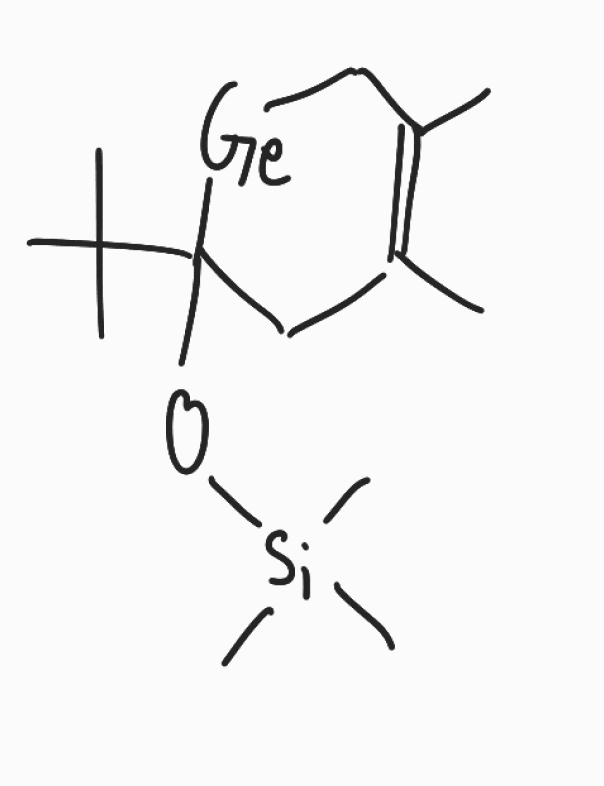
Simplified molecular-input line-entry system (SMILES) notation of the given molecule:
CC1=C(C[Ge]C(C1)(C(C)(C)C)O[Si](C)(C)C)C